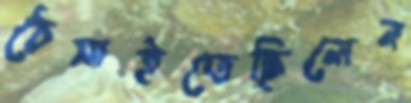
ঠেসাইতেছিলেন